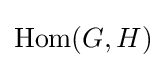
{\text{Hom}}(G,H)